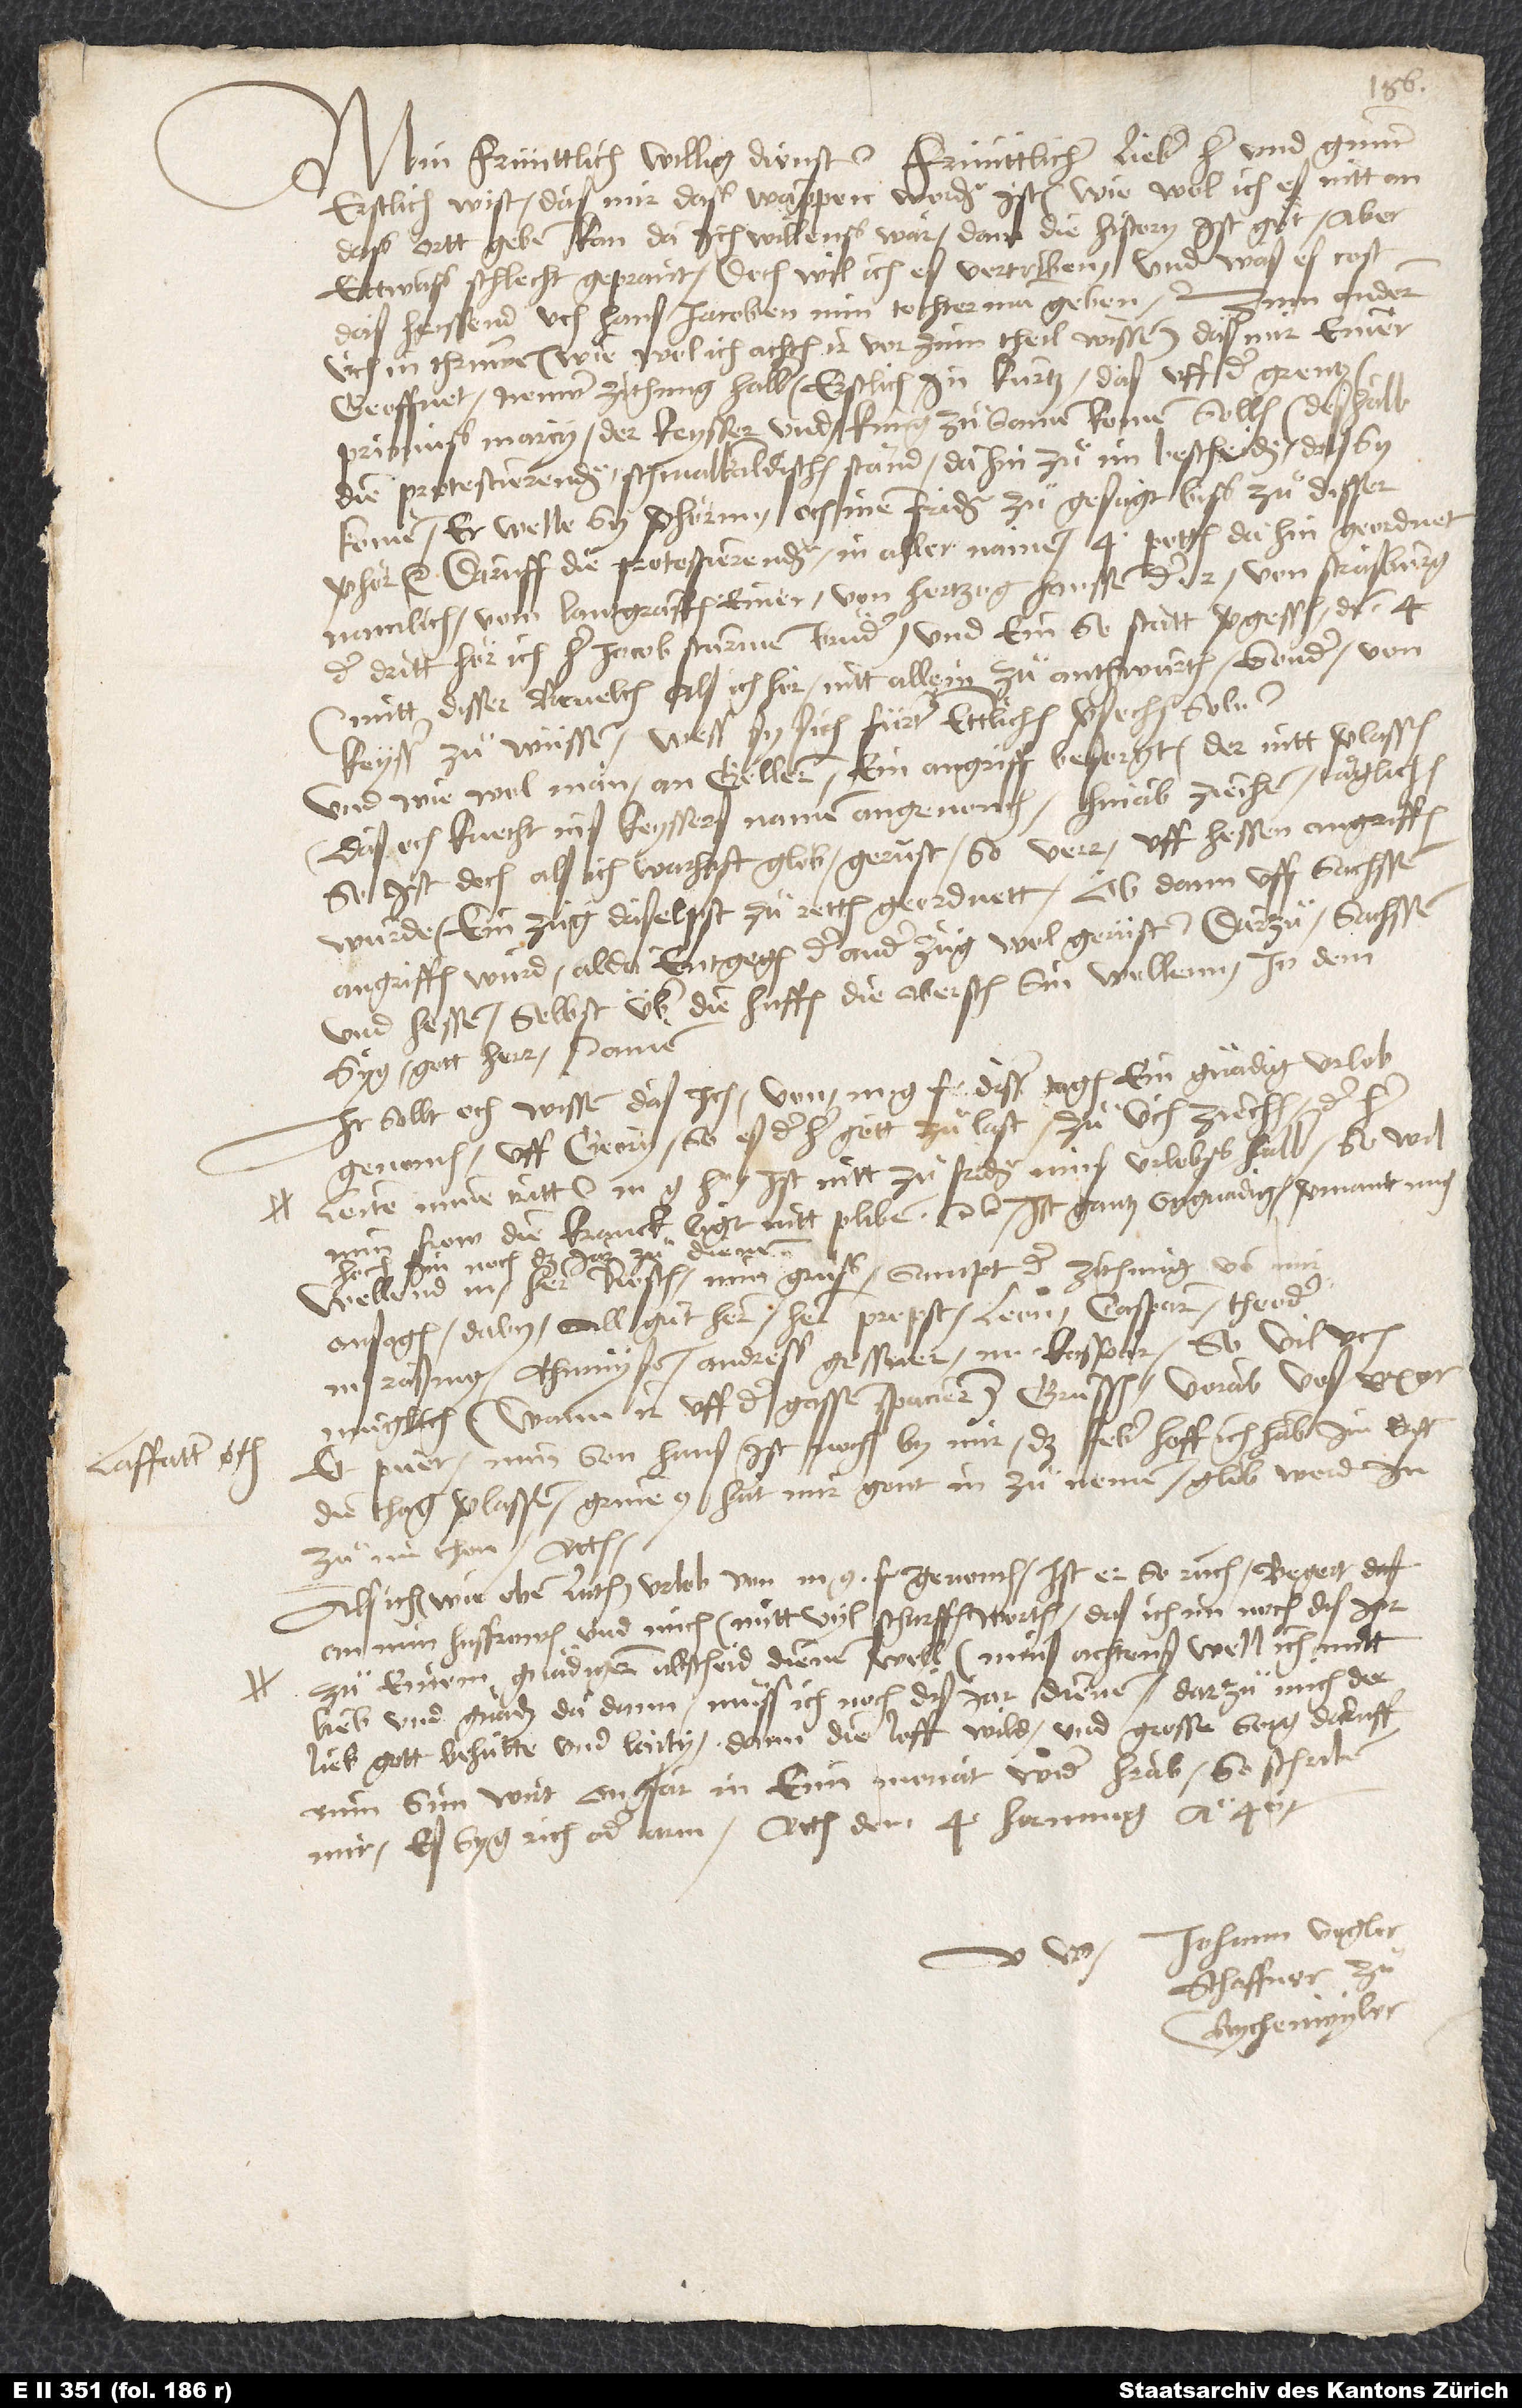
Laffatter och,

Min frünttlich, willig dienst. Frünttlicher, lieber her und gunner,
erstlich wist, das mir daß wappen worden ist, wie wol ich es nitt an
daß ortt geben kan, da ich willenß wär; dann die history ist guͦt, aber
ettwaß schlecht geprait. Doch wil ich es vertriben, und was es cost,
daß heissend uch Hans Jacoben, min tochterman, geben. Zum anderen
üch in thrüwen (wiewol ich achten, ir vor zum theil wissen), das mir einer
geoffnet neuwer zithung halb erstlich in kürtz, das uff der grentz
primuß marcii der keysser und küng zuͦsamen komen sollen, deshalb
die protestierenden schmalkaldischen ständ dahin zuͦ im bescheiden, das sy
komen; er welle sy verhörnn, och inen friden zuͦgesagt biß zuͦ disser
verhör etc. Daruff die protestierenden in aller namen 4 potten dahin geordnet,
namlich vom lantgraffen einer, von hertzog Hanssen der 2., von Straßburg
der dritt, hör ich her Jacob Sturmen bruͦder, und ein Sestatt vergessen der 4.,
mitt disser bevelch, als ich hör, nitt allein zuͦ anthwurten, sonder von
keysser zuͦ wüssen, wess sy sich fürter ettlichen versechen soln.
Und wiewol man an Gellern ein angriff besorgt, der nitt verlassen,
das och knecht ins keyssers namen angenomen hinab ziechen täglichen,
so ist doch, als ich warhaft glob, gerüst, so verr uff Hessen angriffen
wurde, ein zug daselpst zuͦ retten geordnett, ob dann uff Sachssen
angriffen wurd, alda entgegen der ander zug wol gerüst. Darzuͦ Sachssen
und Hessen selbst über die huffen die obersten sin wellenn; in dem
syg gott herr. Amen.
min frow, die kranck ligt, nitt pliben etc. Ist gantz ungnadig, vermant mich
jar zuͦ dienen.
im noch das
müglich (wann ir uff der gassen spacieren) grüssen,
pueros. Min son Hans ist noch by mir; das feber, hoff ich, hab im uff
die thag verlassen. Grineus hat mir gont in zuͦ nemen; glob, werd in
zuͦ im thon. Actum.
Als ich, wie oben luth, urlob von m. g. f. genomen, ist er so ruch, begert das
an min husfrowen und mich mitt vyl scharffen worten, das ich im noch dis jar
zuͦ einem gnädigen abscheid dienen will (mins achtens, well ich mitt
lieb und gnaden da dann, muͦss ich noch dis jar dienen, darzuͦ mich der
lieb gott behuͤtte und laity), dann die loff wild und grosse sorg daruff.
Min sun wirt ongfar in eim monat wider herab. So schriben
mir, es syg rich oder arm. Actum den 4. hornung anno 40.
Johann Vogler,
schaffner zuͦ
Rychenwyler.